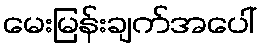
မေးမြန်းချက်အပေါ်